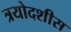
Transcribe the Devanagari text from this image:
त्रयोदशीस